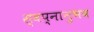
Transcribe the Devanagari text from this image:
स्वप्नानुभव